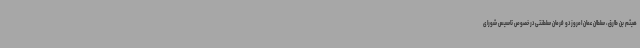
هیثم بن طارق، سلطان عمان امروز دو فرمان سلطنتی در خصوص تاسیس شورای